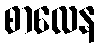
စာလေန